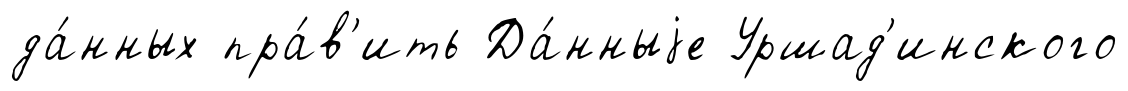
да́нных пра́в'ить Да́нныjе Уршад'инского